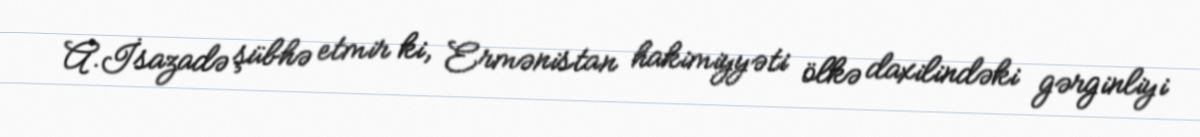
A.İsazadə şübhə etmir ki, Ermənistan hakimiyyəti ölkə daxilindəki gərginliyi